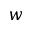
w